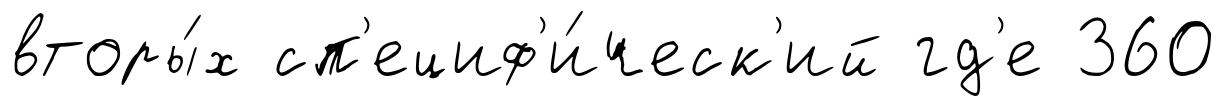
вторы́х сп'ециф'и́ческ'ий гд'е 360